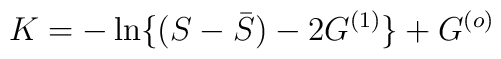
K=-\ln\{(S - {\bar S}) -2G^{(1)} \} + G^{(o)}